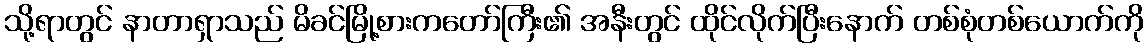
သို့ရာတွင် နာတာရှာသည် မိခင်မြို့စားကတော်ကြီး၏ အနီးတွင် ထိုင်လိုက်ပြီးနောက် တစ်စုံတစ်ယောက်ကို